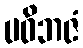
ပဝိဘဇံ